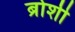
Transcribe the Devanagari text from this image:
ब्रोशी